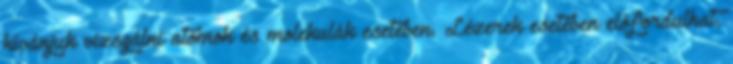
kívánjuk vizsgálni atomok és molekulák esetében. Lézerek esetében előfordulhat,